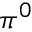
\pi ^ { 0 }